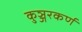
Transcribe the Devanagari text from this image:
कुञ्जरकर्ण